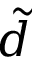
\tilde { d }